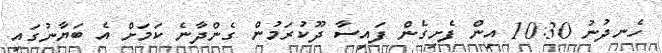
ހެނދުނު 10:30 އިން ފެށިގެން ފައިސާ ދޫކުރަމުން ގެންދާނެ ކަމަށް އެ ބަޔާނުގައި